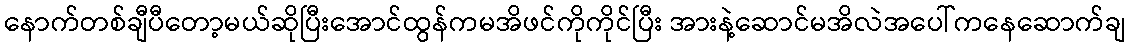
နောက်တစ်ချီပီတော့မယ်ဆိုပြီးအောင်ထွန်ကမအိဖင်ကိုကိုင်ပြီး အားနဲ့ဆောင်မအိလဲအပေါ်ကနေဆောက်ချ